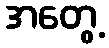
အတွေ့